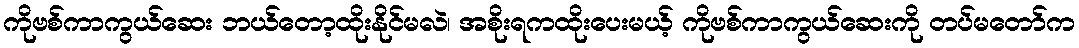
ကိုဗစ်ကာကွယ်ဆေး ဘယ်တော့ထိုးနိုင်မလဲ၊ အစိုးရကထိုးပေးမယ့် ကိုဗစ်ကာကွယ်ဆေးကို တပ်မတော်က